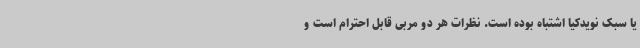
یا سبک نویدکیا اشتباه بوده است. نظرات هر دو مربی قابل احترام است و